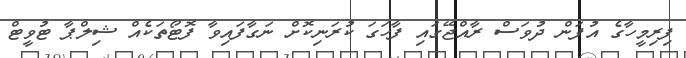
ފިރިމީހާގެ އުފަން ދުވަސް ރާއްޖޭގައި ފާހަގަ ކުރަނިކޮށް ނަގާފައިވާ ފޮޓޯތަކެއް ޝިލްޕާ ޓުވީޓް